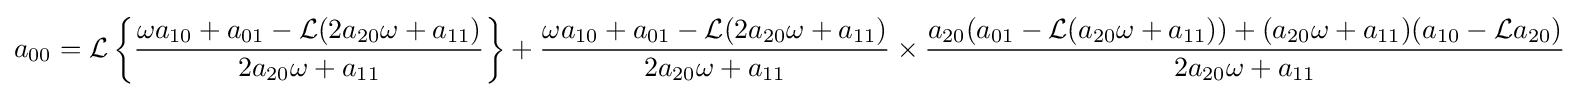
a_{00}={\mathcal {L}}\left\{{\frac {\omega a_{10}+a_{01}-{\mathcal {L}}(2a_{20}\omega +a_{11})}{2a_{20}\omega +a_{11}}}\right\}+{\frac {\omega a_{10}+a_{01}-{\mathcal {L}}(2a_{20}\omega +a_{11})}{2a_{20}\omega +a_{11}}}\times {\frac {a_{20}(a_{01}-{\mathcal {L}}(a_{20}\omega +a_{11}))+(a_{20}\omega +a_{11})(a_{10}-{\mathcal {L}}a_{20})}{2a_{20}\omega +a_{11}}}